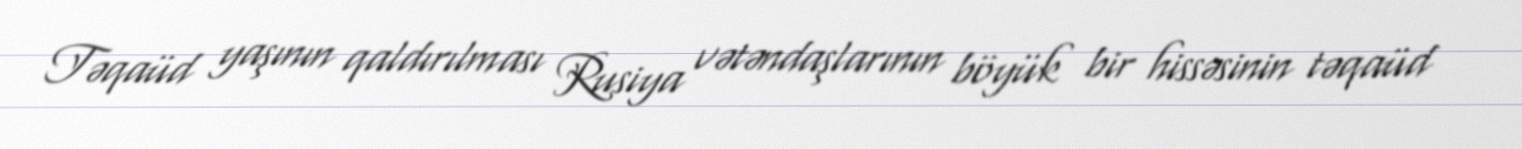
Təqaüd yaşının qaldırılması Rusiya vətəndaşlarının böyük bir hissəsinin təqaüd